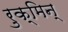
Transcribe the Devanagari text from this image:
रुक्मिन्‌